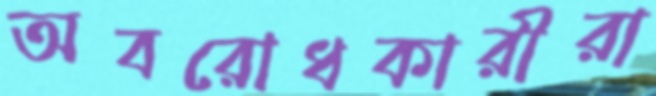
অবরোধকারীরা